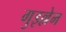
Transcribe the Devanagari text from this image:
गुइल्लेम